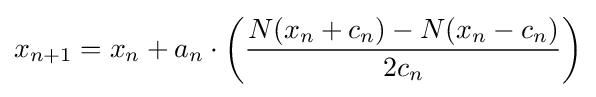
x_{n+1}=x_{n}+a_{n}\cdot \left({\frac {N(x_{n}+c_{n})-N(x_{n}-c_{n})}{2c_{n}}}\right)